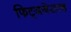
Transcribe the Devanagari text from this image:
फिट्जजेराल्ड